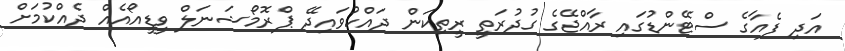
އަދި ފެއާގެ ސްޓޭންޑުގައި ރާއްޖޭގެ ގުދުރަތީ ރީތިކަން ދައްކުވައިދޭ ޕްރޮމޯޝަނަލް ވީޑީއޯއެއް ދެއްކުމަށް